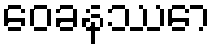
ဝေခနဿော